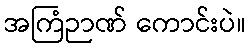
အကြံဉာဏ် ကောင်းပဲ။